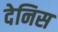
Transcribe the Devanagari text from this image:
देनिस